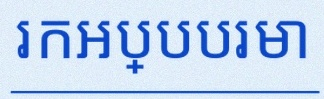
រកអប្បបរមា